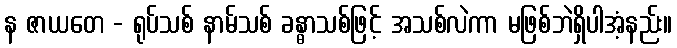
န ဇာယတေ - ရုပ်သစ် နာမ်သစ် ခန္ဓာသစ်ဖြင့် အသစ်လဲကာ မဖြစ်ဘဲရှိပါအံ့နည်း။